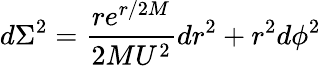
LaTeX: d\Sigma^{2}=\frac{re^{r/2M}}{2MU^{2}}dr^{2}+r^{2}d\phi^{2}